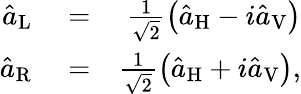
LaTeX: \begin{array}{rlr}{\hat{a}_{\mathrm{L}}}&{{}=}&{\frac{1}{\sqrt{2}}\left(\hat{a}_{\mathrm{H}}-i\hat{a}_{\mathrm{V}}\right)}\\ {\hat{a}_{\mathrm{R}}}&{{}=}&{\frac{1}{\sqrt{2}}\left(\hat{a}_{\mathrm{H}}+i\hat{a}_{\mathrm{V}}\right),}\end{array}